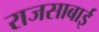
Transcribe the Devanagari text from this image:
राजसाबाई